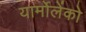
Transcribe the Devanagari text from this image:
यार्मोलेंको